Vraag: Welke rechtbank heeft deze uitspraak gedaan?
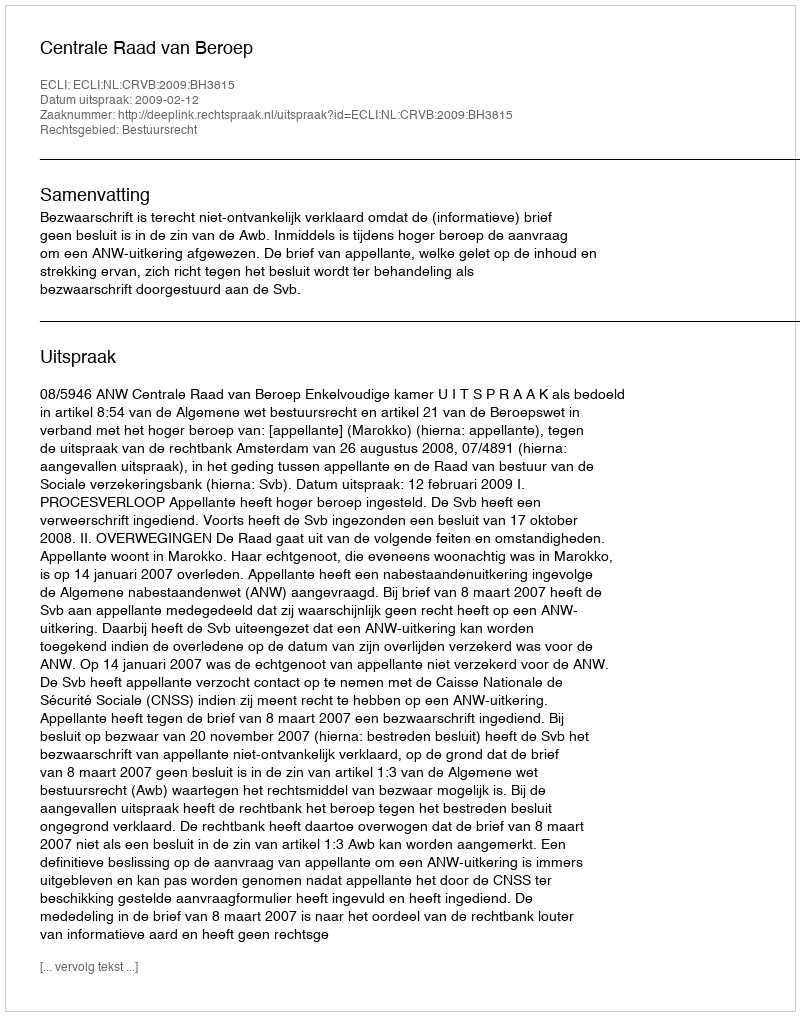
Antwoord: Centrale Raad van Beroep